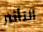
التأثير